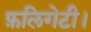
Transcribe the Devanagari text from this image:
फ़लिगेटी।